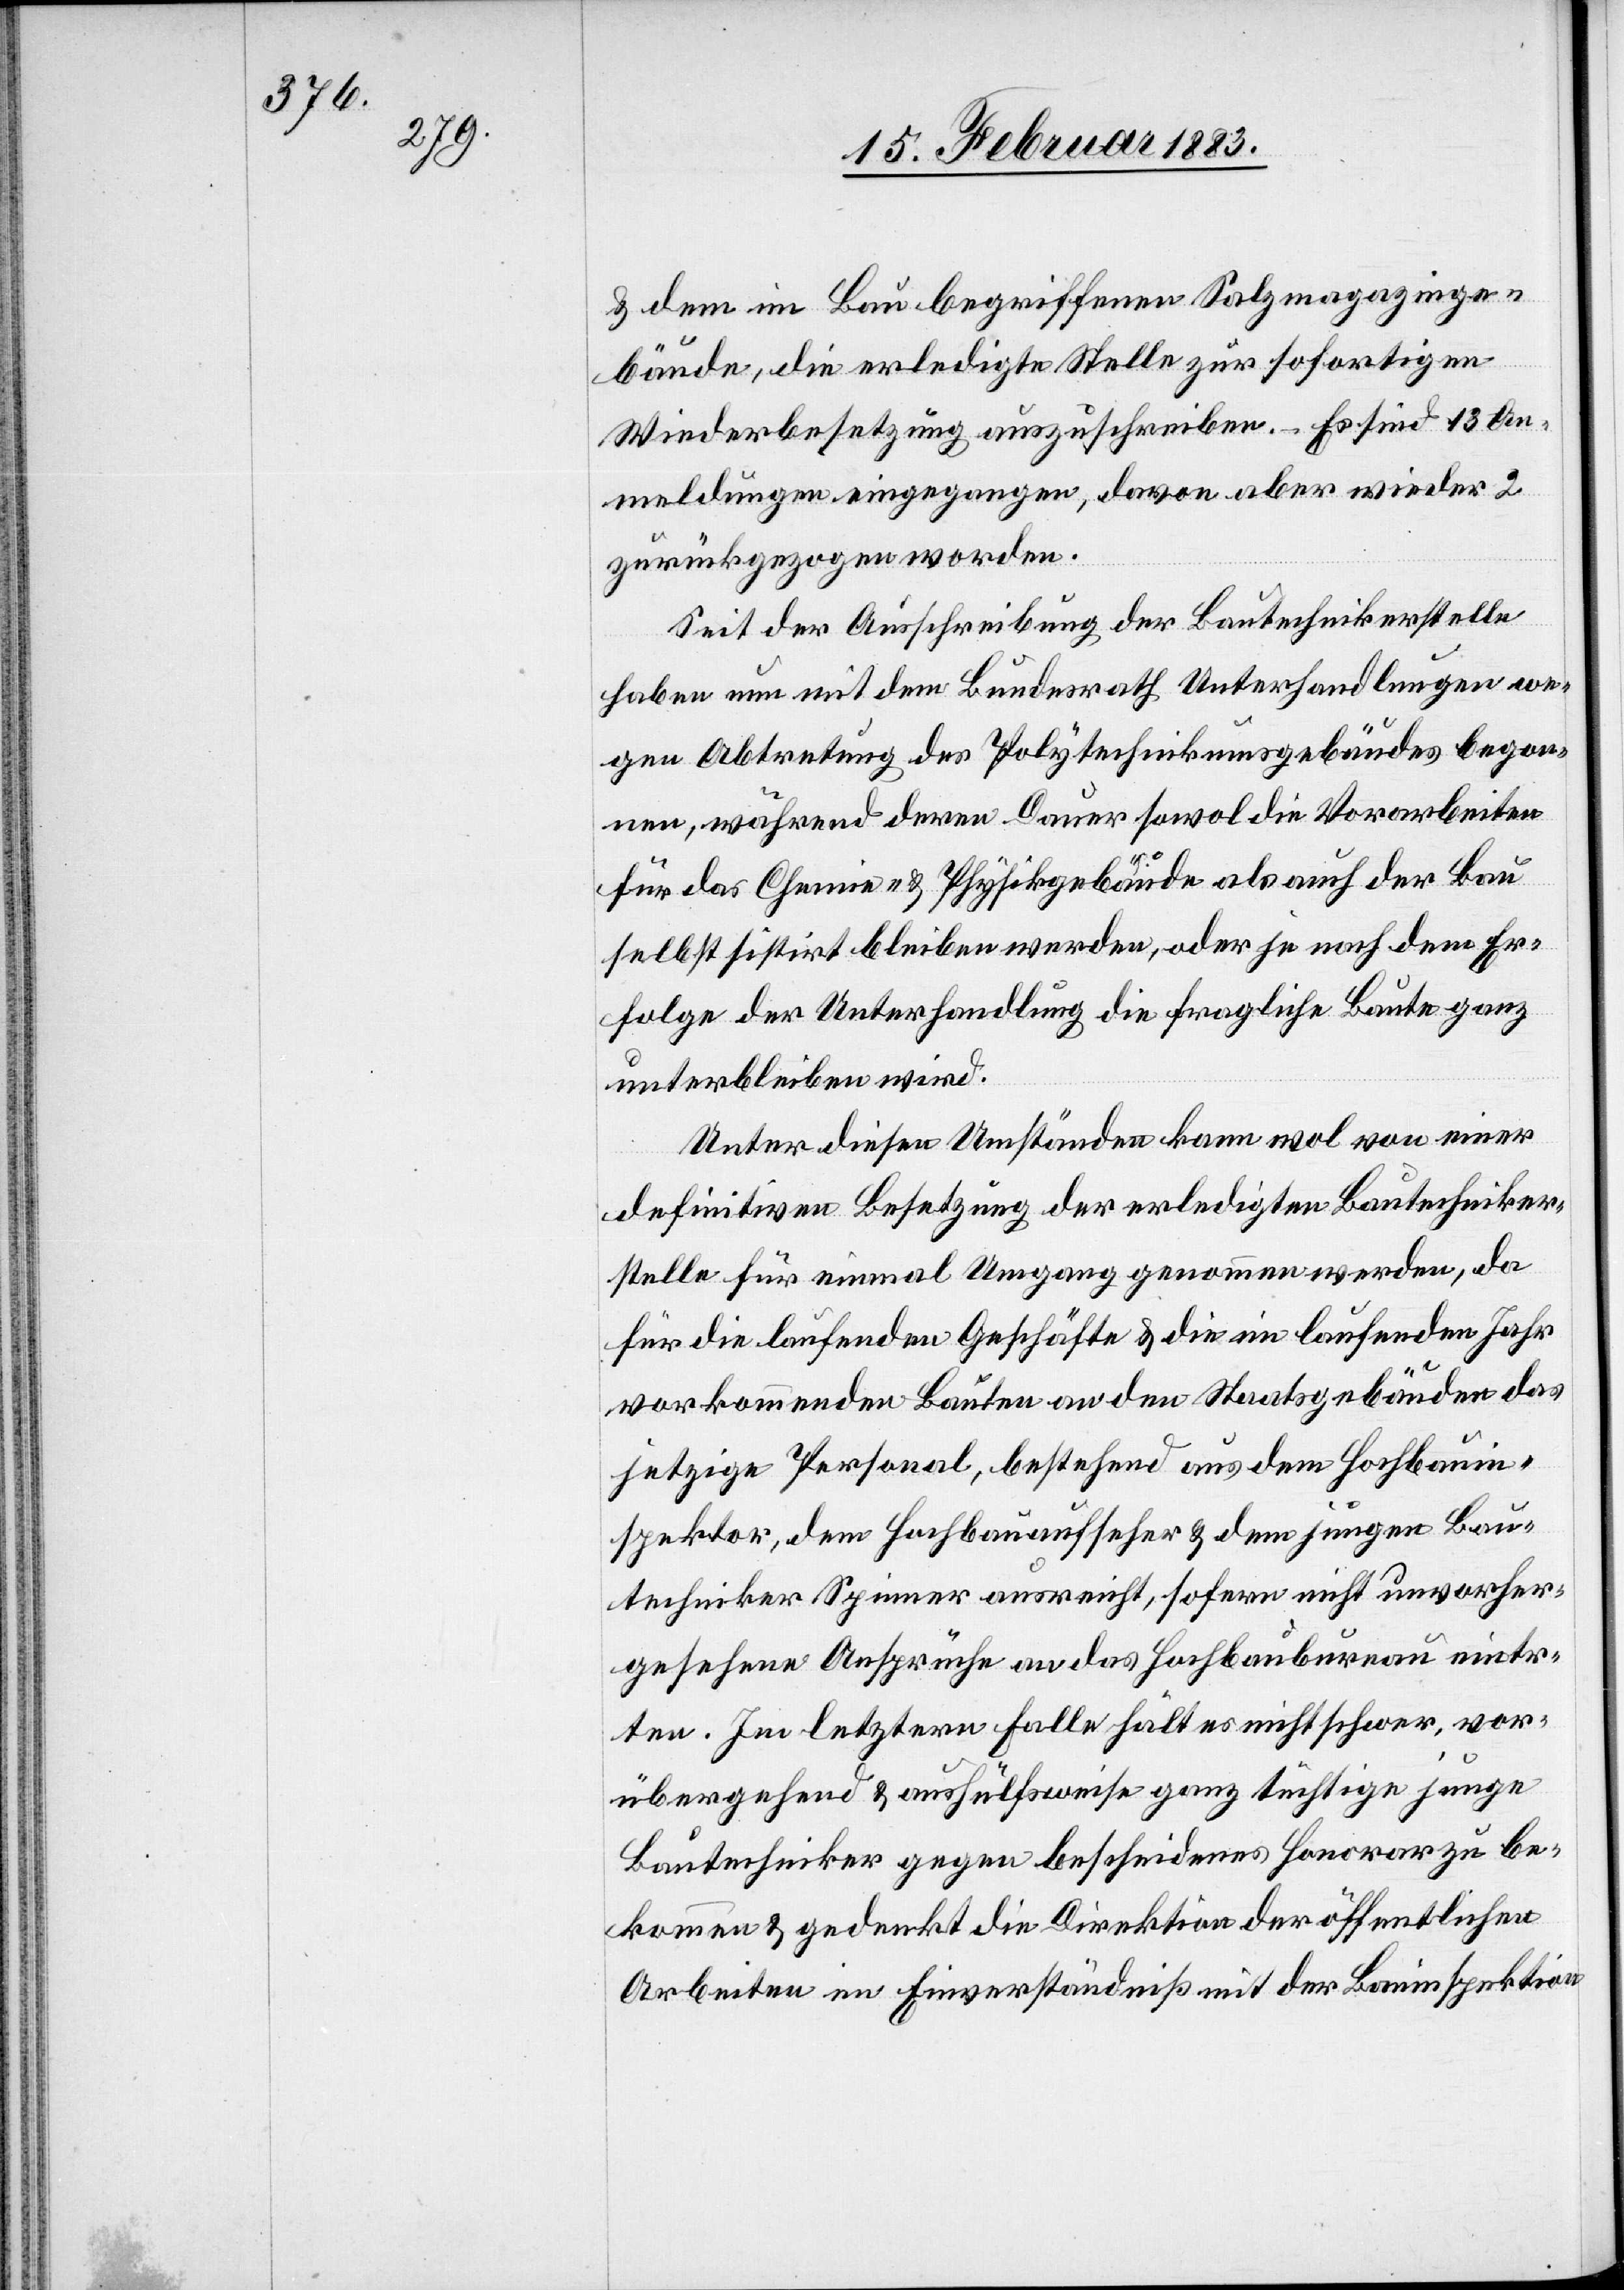
& dem im Bau begriffenen Salzmagazinge¬
bäude, die erledigte Stelle zur sofortigen
Wiederbesetzung auszuschreiben. – Es sind 13 An¬
meldungen eingegangen, davon aber wieder 2
zurückgezogen worden.
Seit der Ausschreibung der Bautechnikerstelle
haben nun mit dem Bundesrath Unterhandlungen we¬
gen Abtretung des Polytechnikumsgebäudes begon¬
nen, während deren Dauer sowol die Vorarbeiten
für das Chemie- & Physikgebäude als auch der Bau
selbst sistirt bleiben werden, oder je nach dem Er¬
folge der Unterhandlung die fragliche Baute ganz
unterbleiben wird.
Unter diesen Umständen kann wol von einer
definitiven Besetzung der erledigten Bautechniker¬
stelle für einmal Umgang genommen werden, da
für die laufenden Geschäfte & die im laufenden Jahr
vorkommenden Bauten an den Staatsgebäuden das
jetzige Personal, bestehend aus dem Hochbauin¬
spektor, dem Hochbauaufseher & dem jungen Bau¬
techniker Spinner ausreicht, sofern nicht unvorher¬
gesehene Ansprüche an das Hochbaubureau eintre¬
ten. Im letztern Falle hält es nicht schwer, vor¬
übergehend & aushülfsweise ganz tüchtige junge
Bautechniker gegen bescheidenes Honorar zu be¬
kommen & gedenkt die Direktion der öffentlichen
Arbeiten im Einverständniß mit der Bauinspektion